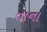
તાના